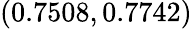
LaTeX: (0.7508,0.7742)